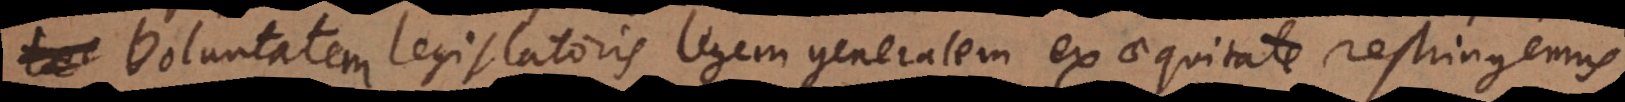
voluntatem legislatoris legem generalem ex aequitate restringemu